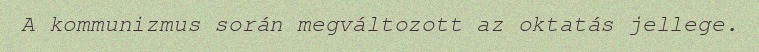
A kommunizmus során megváltozott az oktatás jellege.